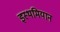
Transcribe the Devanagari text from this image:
इस्थमियान